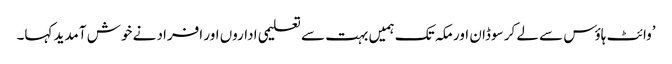
’وائٹ ہاؤس سے لے کر سوڈان اور مکہ تک ہمیں بہت سے تعلیمی اداروں اور افراد نے خوش آمدید کہا۔